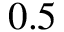
0 . 5